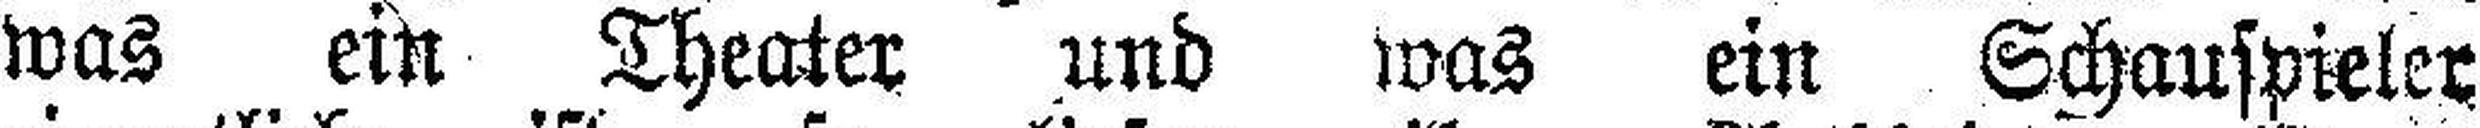
was ein Theater und was ein Schauspieler